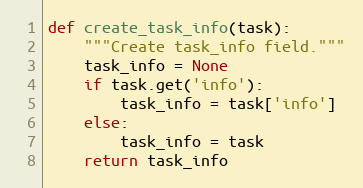
Language: Python
def create_task_info(task):
    """Create task_info field."""
    task_info = None
    if task.get('info'):
        task_info = task['info']
    else:
        task_info = task
    return task_info